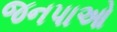
જનપાઓ